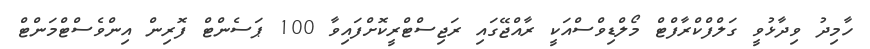
ހާމިދު ވިދާޅުވީ ގަލްފްކްރާފްޓް މޯލްޑިވްސްއަކީ ރާއްޖޭގައި ރަޖިސްޓްރީކޮށްފައިވާ 100 ޕަސެންޓް ފޮރިން އިންވެސްޓްމަންޓް